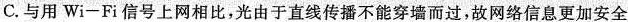
C.与用Wi-Fi信号上网相比，光由于直线传播不能穿墙而过，故网络信息更加安全